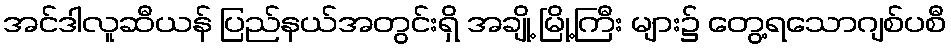
အင်ဒါလူဆီယန် ပြည်နယ်အတွင်းရှိ အချို့ မြို့ကြီး များ၌ တွေ့ရသောဂျစ်ပစီ